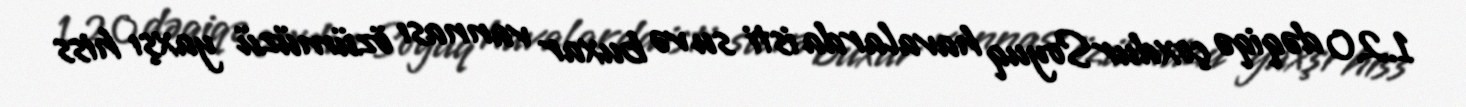
1.20 dəqiqə çoxdurSoyuq havalarda isti su və buxar vannası özümüzü yaxşı hiss